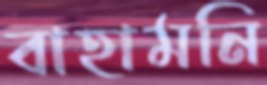
বাহামনি